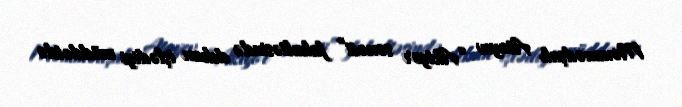
Məmmədşah Atayev “Aktyor sənəti” fakultəsində dekan işlədiyi müddətdə